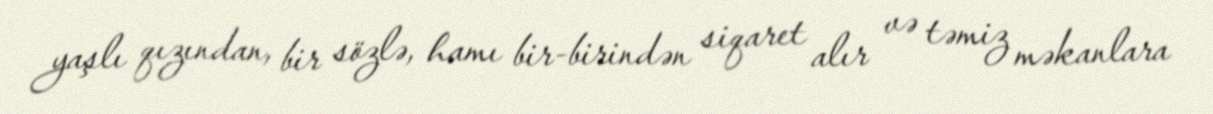
yaşlı qızından, bir sözlə, hamı bir-birindən siqaret alır və təmiz məkanlara